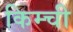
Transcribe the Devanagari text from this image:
किम्ची